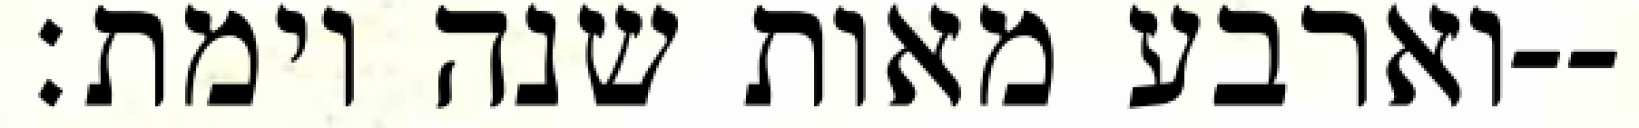
וארבע מאות שנה וימת׃--